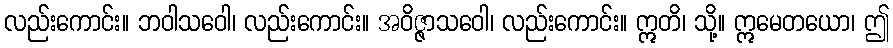
လည်းကောင်း။ ဘဝါသဝေါ၊ လည်းကောင်း။ အဝိဇ္ဇာသဝေါ၊ လည်းကောင်း။ ဣတိ၊ သို့။ ဣမေတယော၊ ဤ